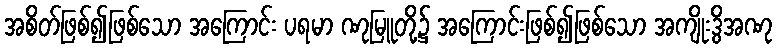
အစိတ်ဖြစ်၍ဖြစ်သော အကြောင်း ပရမာ ဏုမြူတို့၌ အကြောင်းဖြစ်၍ဖြစ်သော အကျိုးဒွိအဏု